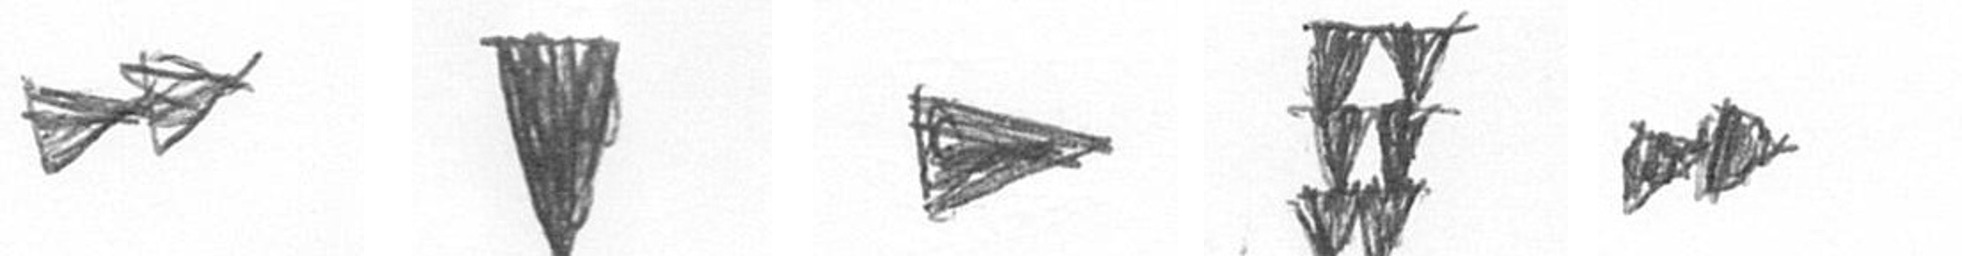
A J T Y A